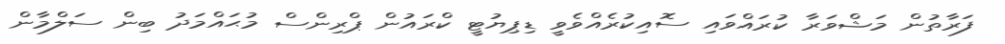
ފަރާތުން މަޝްވަރާ ކުރައްވައި ސޮއިކުރެއްވެވީ ޑިޕިޔުޓީ ކްރައުން ޕްރިންސް މުޙައްމަދު ބިން ސަލްމާން